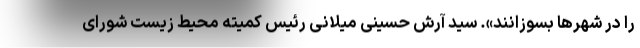
را در شهرها بسوزانند». سید آرش حسینی میلانی رئیس کمیته محیط زیست شورای